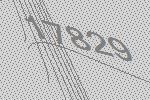
17829